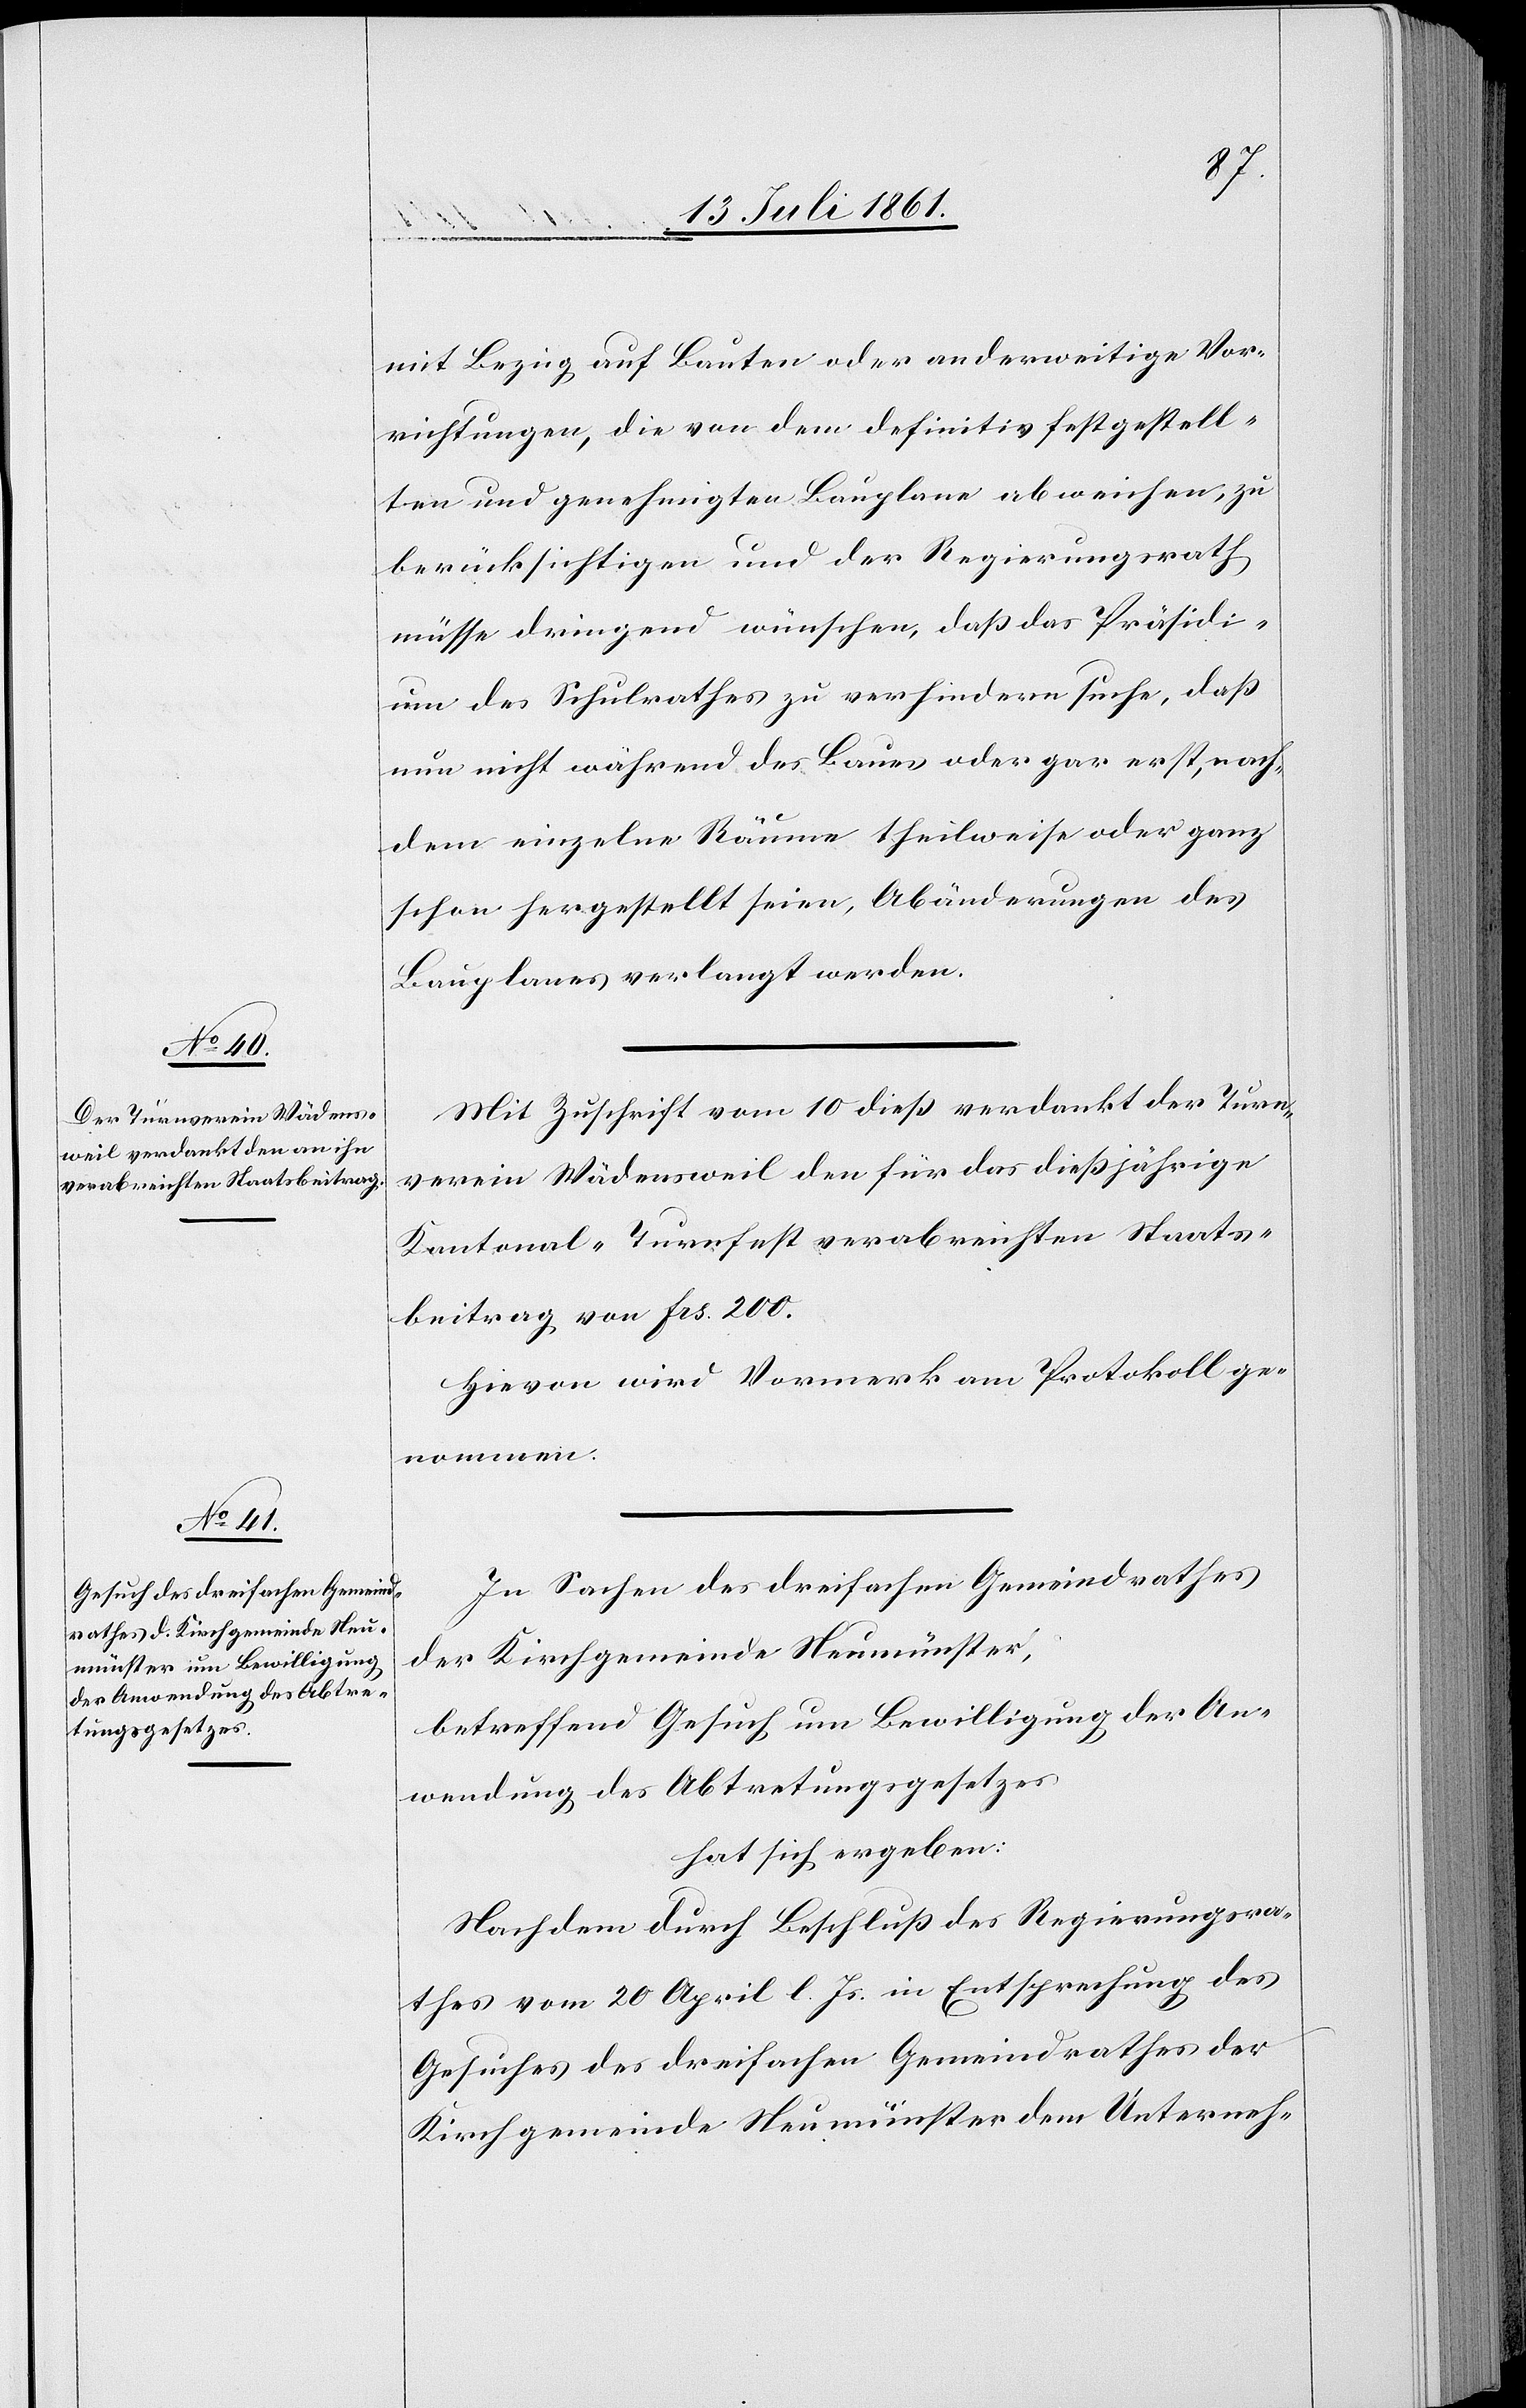
mit Bezug auf Bauten oder anderweitige Vor¬
richtungen, die von dem definitiv festgestell¬
ten und genehmigten Bauplane abweichen, zu
berücksichtigen und der Regierungsrath
müsse dringend wünschen, daß das Präsidi¬
um des Schulrathes zu verhindern suche, daß
nun nicht während des Baues oder gar erst, nach¬
dem einzelne Räume theilweise oder ganz
schon hergestellt seien, Abänderungen des
Bauplanes verlangt werden.
Mit Zuschrift vom 10 dieß verdankt der Turn¬
verein Wädensweil den für das dießjährige
Kantonal-Turnfest verabreichten Staats¬
beitrag von Frs. 200.
Hievon wird Vormerk am Protokoll ge¬
nommen.
In Sachen des dreifachen Gemeindrathes
der Kirchgemeinde Neumünster,
betreffend Gesuch um Bewilligung der An¬
wendung des Abtretungsgesetzes
hat sich ergeben:
Nachdem durch Beschluß des Regierungsra¬
thes vom 20 April l. Js. in Entsprechung des
Gesuches des dreifachen Gemeindrathes der
Kirchgemeinde Neumünster dem Unterneh-